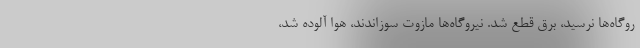
روگاه‌ها نرسید، برق قطع شد. نیروگاه‌ها مازوت سوزاندند، هوا آلوده شد،